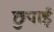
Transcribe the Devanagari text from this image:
छुपाई